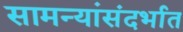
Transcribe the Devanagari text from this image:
सामन्यांसंदर्भात